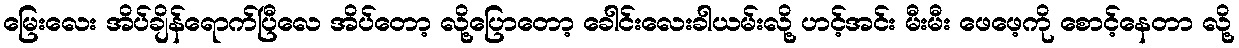
မြေးလေး အိပ်ချိန်ရောက်ပြီလေ အိပ်တော့ လို့ပြောတော့ ခေါင်းလေးခါယမ်းလို့ ဟင့်အင်း မီးမီး ဖေဖေ့ကို စောင့်နေတာ လို့